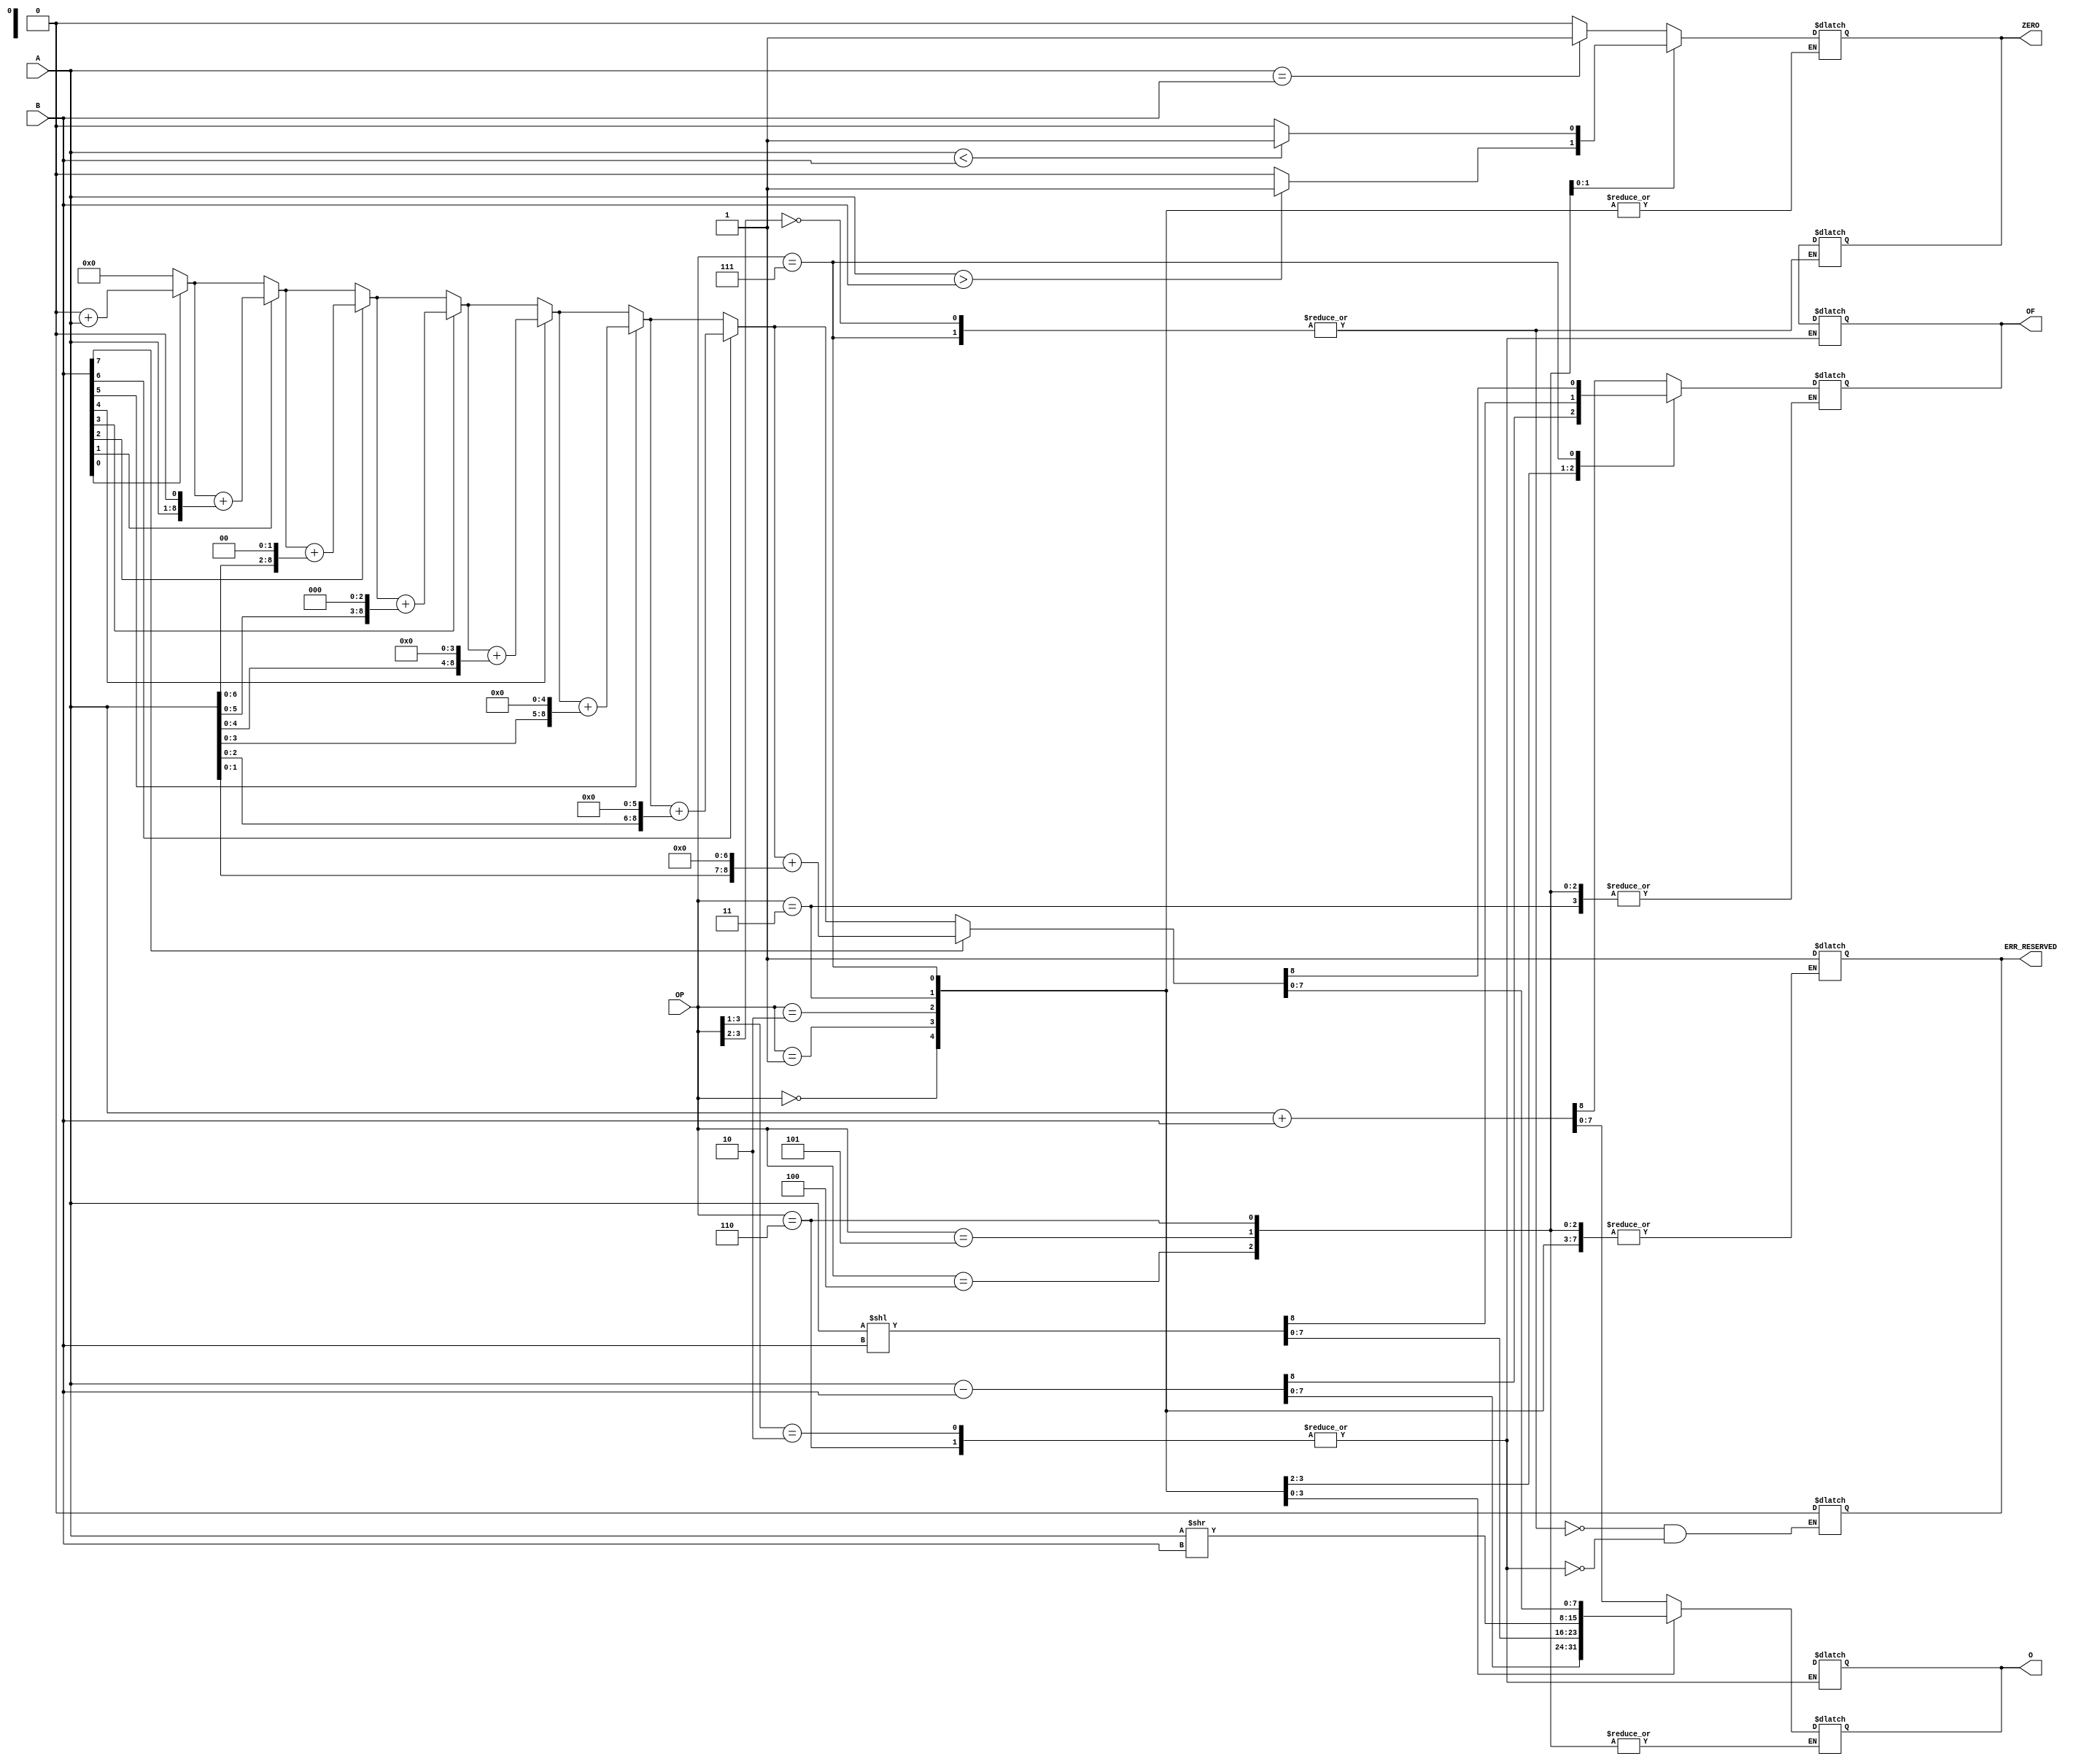
`timescale 1ns / 1ps
//////////////////////////////////////////////////////////////////////////////////
// Company: AMD
// 
// Design Name: ALU
// Module Name: top
// Project Name: Day 2's homework - ALU
// Target Devices: --//--
// Tool Versions: --//--
// Description: Create a function that when called will implement the multiply
//                  operation of the ALU by adding for a number of times.
// Dependencies: None
// 
// Revision: 0.01
// Revision 0.01 - File Created
// Additional Comments:
// 
//////////////////////////////////////////////////////////////////////////////////

module ALU #(parameter DATA_WIDTH = 8)(
        input [DATA_WIDTH - 1:0] A,
        input [DATA_WIDTH - 1:0] B,
        input [3:0] OP,
        output reg ERR_RESERVED,
        output reg OF, // overflow / underflow bit : if set such error happened
        output reg ZERO, // returns 1 if logical expression is true
        output reg [DATA_WIDTH - 1:0] O
    );
    
    // DATA_WIDTH:0 because the last bit will be assigned to OF
    function [DATA_WIDTH:0] MUL_BY_SUM(
            input [DATA_WIDTH - 1:0] I0,
            input [DATA_WIDTH - 1:0] I1
        );
        integer i;
        begin
            MUL_BY_SUM = 0;
            // we iterate over each bit from data width in I1
            // if its 1, we will shift i0 by its position.
            // equivalent to I1 = 2^x + ...
            // (we decompose I1 in powers of 2)
            // we need I0 * (2^x + ...)
            for (i = 0; i < DATA_WIDTH; i = i + 1) begin
                if (I1[i] == 1'b1)
                    MUL_BY_SUM = MUL_BY_SUM + (I0 << i);
            end
            // longer, time consuming method...
/*                for(i = 0; i < I1; i = i + 1) begin
                    MUL_BY_SUM = MUL_BY_SUM + I0;
                end*/
        end
    endfunction
    
    always@(A or B or OP)
        casex(OP)
            4'b00xx,
            4'b0111: begin
                         ZERO = 1'bx;
                         ERR_RESERVED = 1'b0;
                     end
            4'b010x, 
            4'b0110: begin
                        OF = 1'bx;
                        ERR_RESERVED = 1'b0;
                        O = {DATA_WIDTH{1'bx}};
                     end
        endcase
    
    always@(A or B or OP)
        case(OP)
            4'b0000: {OF, O} = A + B;
            4'b0001: {OF, O} = A - B;
            4'b0010: {OF, O} = A << B; // we will consider OF as CY out
            4'b0011: O = A >> B; // we could do the same here
            4'b0100: ZERO = (A == B) ? 1'b1 : 1'b0; // if we want to not use ZERO bit we can use: O = {{DATA_WIDTH - 1{1'b0}}, 1'b1} : {DATA_WIDTH{1'b0}};
            4'b0101: ZERO = (A > B) ? 1'b1 : 1'b0; 
            4'b0110: ZERO = (A < B) ? 1'b1 : 1'b0;
            4'b0111: {OF, O} = MUL_BY_SUM(A, B); // multiply operation
            default:  begin
                            ERR_RESERVED = 1'b1;
                            ZERO = 1'bx;
                            OF = 1'bx;
                            O = {DATA_WIDTH{1'bx}};
                      end
        endcase
endmodule

module tb_ALU;
    parameter DATA_WIDTHt = 8; // we may modify this anytime to test with different data widths
    
    // declaration of variables to be tested in ALU
    reg [DATA_WIDTHt - 1:0] At;
    reg [DATA_WIDTHt - 1:0] Bt;
    reg [3:0] OPt;
    wire ERR_RESERVEDt;
    wire OFt;
    wire ZEROt;
    wire [DATA_WIDTHt - 1:0] Ot;
    
    // we instantiate the ALU module
    ALU#(DATA_WIDTHt) dut(
        .A(At),
        .B(Bt),
        .OP(OPt),
        .ERR_RESERVED(ERR_RESERVEDt),
        .OF(OFt),
        .ZERO(ZEROt),
        .O(Ot)
        );
    
    initial
        #20 $finish; // we end the simulation after 20ns
        
    initial
        begin
            #0 At = {{DATA_WIDTHt - 8{1'b0}}, 8'b1000_0011}; Bt = {{DATA_WIDTHt - 8{1'b0}}, 8'b0010_1001};
            OPt = 4'b0111; // testing multiply operation
            #10 At = {{DATA_WIDTHt - 8{1'b0}}, 8'b1000_0011}; Bt = {{DATA_WIDTHt - 8{1'b0}}, 8'b0010_1101};
            // this should generate overflow
        end
endmodule